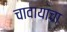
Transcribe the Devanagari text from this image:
चावायाचा